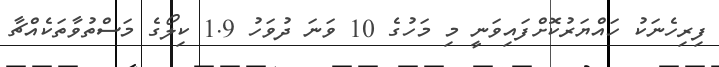
ފިރިހެނަކު ހައްޔަރުކޮށްފައިވަނީ މި މަހުގެ 10 ވަނަ ދުވަހު 1.9 ކިލޯގެ މަސްތުވާތަކެއްޗާ